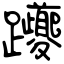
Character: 躨